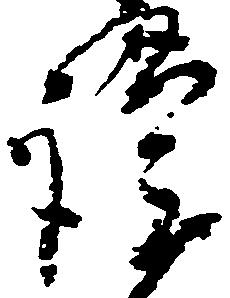
謹